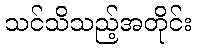
သင်သိသည့်အတိုင်း